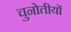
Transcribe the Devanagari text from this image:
चुनोतीयों